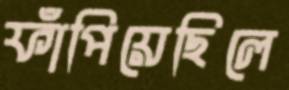
ফাঁপিয়েছিলে